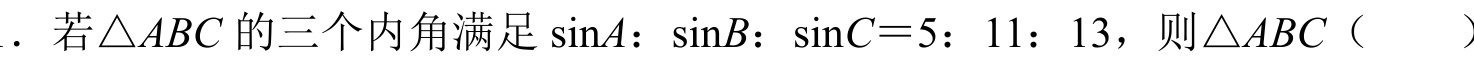
．若\(\triangle ABC\)的三个内角满足\(\sin A：\sin B：\sin C = 5：11：13\)，则\(\triangle ABC\)（  ）